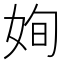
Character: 姰